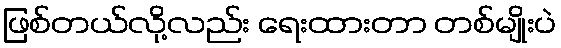
ဖြစ်တယ်လို့လည်း ရေးထားတာ တစ်မျိုးပဲ